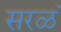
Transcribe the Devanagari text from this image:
सरळं